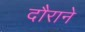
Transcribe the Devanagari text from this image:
दौराने